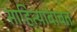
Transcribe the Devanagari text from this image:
साहित्याबाबत